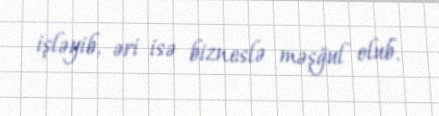
işləyib, əri isə bizneslə məşğul olub.